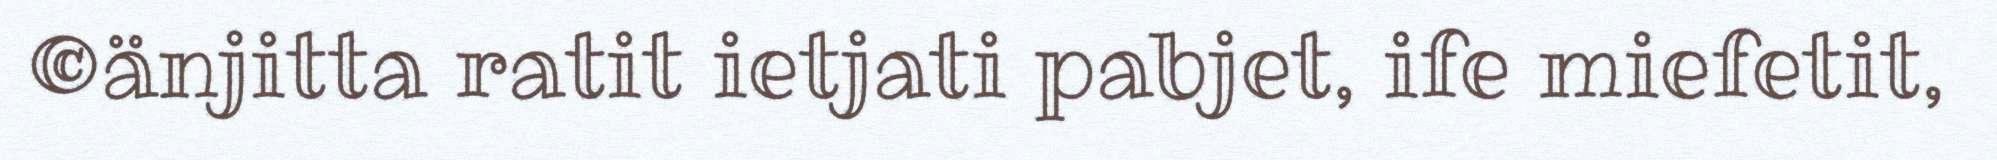
©änjitta ratit ietjati pabjet, ife miefetit,